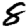
Digit: 8